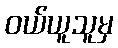
ဝယ်ယူသူမှ